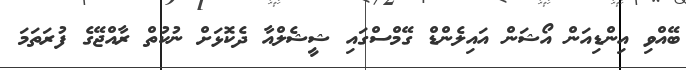
ބޭއްވި އިންޑިއަން އޯޝަން އައިލެންޑް ގޭމްސްގައި ޝީޝެލްއާ ދެކޮޅަށް ނުކުތް ރާއްޖޭގެ ފުރަތަމަ